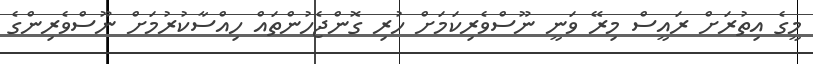
މީގެ އިތުރަށް ރައީސް މިރޭ ވަނީ ނޫސްވެރިކަމަށް ހުރި ގޮންޖެހުންތައް ހިއްސާކުރުމަށް ނޫސްވެރިންގެ